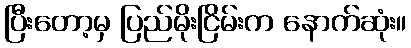
ပြီးတော့မှ ပြည်မိုးငြိမ်းက နောက်ဆုံး။